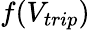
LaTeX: f(V_{trip})